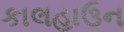
કાલહાઉન